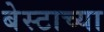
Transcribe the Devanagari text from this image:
बेस्टाच्या